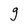
Character: g